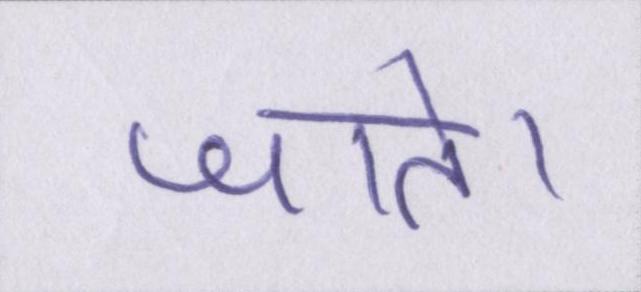
जाते।